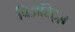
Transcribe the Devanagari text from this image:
बिअरिट्ज़